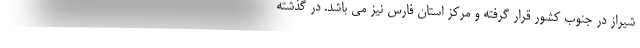
شیراز در جنوب کشور قرار گرفته و مرکز استان فارس نیز می باشد. در گذشته